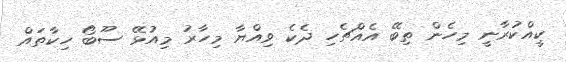
ކީއްކުރާނީ މިހެން ތިބޭ އެއްޗެހި ދެކެ ވިއްޔާ މިހާރު މިއުޅޭ ސޫބޯ ހިކާތައް